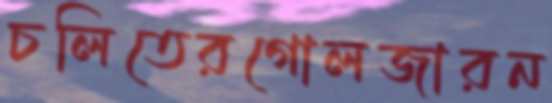
চলিতেরগোলজারন